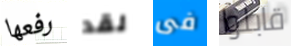
رفعها لقد فى قابلوا